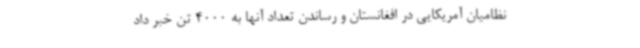
نظامیان آمریکایی در افغانستان و رساندن تعداد آنها به 4000 تن خبر داد